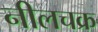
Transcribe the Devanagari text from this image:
नीलचक्र